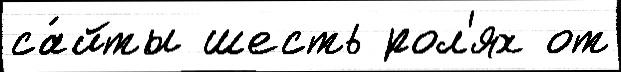
са́йты шесть рол'ях от